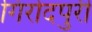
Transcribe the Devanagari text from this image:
गिरोदपुरी